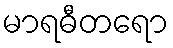
မာရဓီတရော